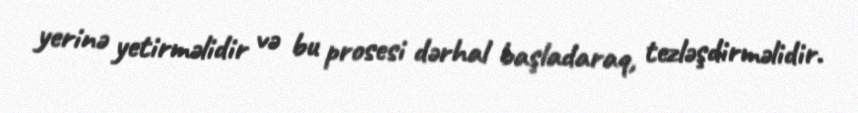
yerinə yetirməlidir və bu prosesi dərhal başladaraq, tezləşdirməlidir.